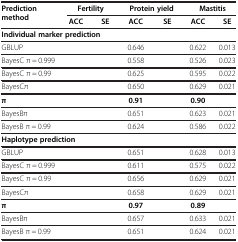
<table><thead><tr><td><b>Prediction method</b></td><td colspan="2"><b>Fertility</b></td><td colspan="2"><b>Protein yield</b></td><td colspan="2"><b>Mastitis</b></td></tr><tr><td>[EMPTY_CELL]</td><td><b>ACC</b></td><td><b>SE</b></td><td><b>ACC</b></td><td><b>SE</b></td><td><b>ACC</b></td><td><b>SE</b></td></tr></thead><tbody><tr><td colspan="7"><b>Individual marker prediction</b></td></tr><tr><td>GBLUP</td><td>[EMPTY_CELL]</td><td>[EMPTY_CELL]</td><td>0.646</td><td>[EMPTY_CELL]</td><td>0.622</td><td>0.013</td></tr><tr><td>BayesC π = 0.999</td><td>[EMPTY_CELL]</td><td>[EMPTY_CELL]</td><td>0.558</td><td>[EMPTY_CELL]</td><td>0.526</td><td>0.023</td></tr><tr><td>BayesC π = 0.99</td><td>[EMPTY_CELL]</td><td>[EMPTY_CELL]</td><td>0.625</td><td>[EMPTY_CELL]</td><td>0.595</td><td>0.022</td></tr><tr><td>BayesCπ</td><td>[EMPTY_CELL]</td><td>[EMPTY_CELL]</td><td>0.650</td><td>[EMPTY_CELL]</td><td>0.629</td><td>0.021</td></tr><tr><td><b>π</b></td><td>[EMPTY_CELL]</td><td>[EMPTY_CELL]</td><td><b>0.91</b></td><td>[EMPTY_CELL]</td><td><b>0.90</b></td><td>[EMPTY_CELL]</td></tr><tr><td>BayesBπ</td><td>[EMPTY_CELL]</td><td>[EMPTY_CELL]</td><td>0.651</td><td>[EMPTY_CELL]</td><td>0.623</td><td>0.021</td></tr><tr><td>BayesB π = 0.99</td><td>[EMPTY_CELL]</td><td>[EMPTY_CELL]</td><td>0.624</td><td>[EMPTY_CELL]</td><td>0.586</td><td>0.022</td></tr><tr><td colspan="7"><b>Haplotype prediction</b></td></tr><tr><td>GBLUP</td><td>[EMPTY_CELL]</td><td>[EMPTY_CELL]</td><td>0.651</td><td>[EMPTY_CELL]</td><td>0.628</td><td>0.013</td></tr><tr><td>BayesC π = 0.999</td><td>[EMPTY_CELL]</td><td>[EMPTY_CELL]</td><td>0.611</td><td>[EMPTY_CELL]</td><td>0.575</td><td>0.022</td></tr><tr><td>BayesC π = 0.99</td><td>[EMPTY_CELL]</td><td>[EMPTY_CELL]</td><td>0.656</td><td>[EMPTY_CELL]</td><td>0.629</td><td>0.021</td></tr><tr><td>BayesCπ</td><td>[EMPTY_CELL]</td><td>[EMPTY_CELL]</td><td>0.658</td><td>[EMPTY_CELL]</td><td>0.629</td><td>0.021</td></tr><tr><td><b>π</b></td><td>[EMPTY_CELL]</td><td>[EMPTY_CELL]</td><td><b>0.97</b></td><td>[EMPTY_CELL]</td><td><b>0.89</b></td><td>[EMPTY_CELL]</td></tr><tr><td>BayesBπ</td><td>[EMPTY_CELL]</td><td>[EMPTY_CELL]</td><td>0.657</td><td>[EMPTY_CELL]</td><td>0.633</td><td>0.021</td></tr><tr><td>BayesB π = 0.99</td><td>[EMPTY_CELL]</td><td>[EMPTY_CELL]</td><td>0.651</td><td>[EMPTY_CELL]</td><td>0.624</td><td>0.021</td></tr></tbody></table>